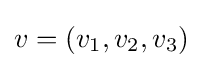
v=(v_{1},v_{2},v_{3})